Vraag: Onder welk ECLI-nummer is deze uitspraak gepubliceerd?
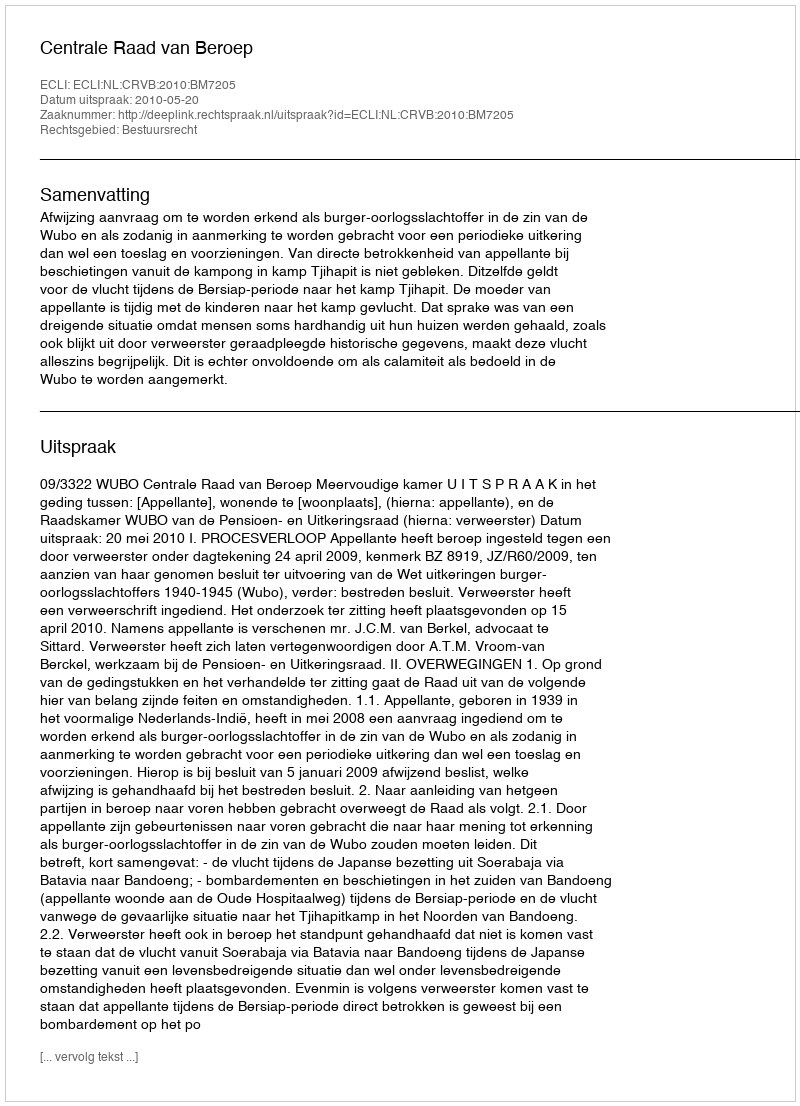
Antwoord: ECLI:NL:CRVB:2010:BM7205